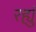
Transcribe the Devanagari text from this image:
रह्युं